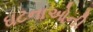
ઘટનાઓની